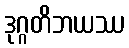
ဒုဂ္ဂတိဘယဿ